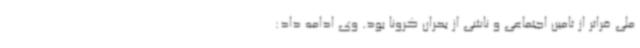
ملی فراتر از تامین اجتماعی و ناشی از بحران کرونا بود. وی ادامه داد: